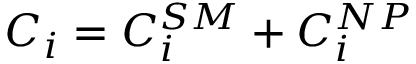
C _ { i } = C _ { i } ^ { S M } + C _ { i } ^ { N P }